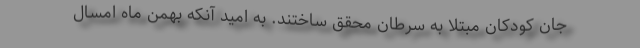
جان کودکان مبتلا به سرطان محقق ساختند. به امید آنکه بهمن ماه امسال